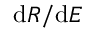
\mathrm { d } R / \mathrm { d } E